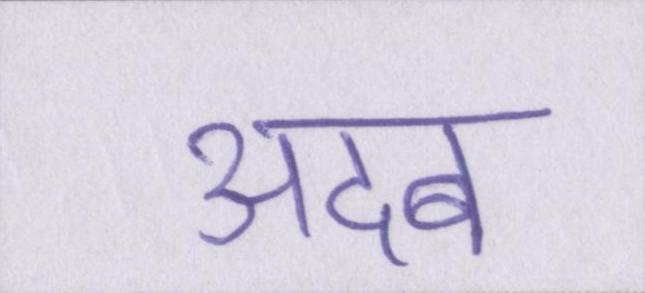
अदब